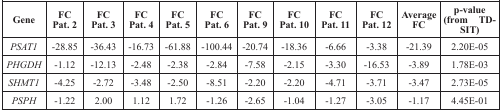
<table><thead><tr><td><b>Gene</b></td><td><b>FC Pat. 2</b></td><td><b>FC Pat. 3</b></td><td><b>FC Pat. 4</b></td><td><b>FC Pat. 5</b></td><td><b>FC Pat. 6</b></td><td><b>FC Pat. 9</b></td><td><b>FC Pat. 10</b></td><td><b>FC Pat. 11</b></td><td><b>FC Pat. 12</b></td><td><b>Average FC</b></td><td><b>p-value (from TDSIT)</b></td></tr></thead><tbody><tr><td><i>PSAT1</i></td><td>−28.85</td><td>−36.43</td><td>−16.73</td><td>−61.88</td><td>−100.44</td><td>−20.74</td><td>−18.36</td><td>−6.66</td><td>−3.38</td><td>−21.39</td><td>2.20E-05</td></tr><tr><td><i>PHGDH</i></td><td>−1.12</td><td>−12.13</td><td>−2.48</td><td>−2.38</td><td>−2.84</td><td>−7.58</td><td>−2.15</td><td>−3.30</td><td>−16.53</td><td>−3.89</td><td>1.78E-03</td></tr><tr><td><i>SHMT1</i></td><td>−4.25</td><td>−2.72</td><td>−3.48</td><td>−2.50</td><td>−8.51</td><td>−2.20</td><td>−2.20</td><td>−4.71</td><td>−3.71</td><td>−3.47</td><td>2.73E-05</td></tr><tr><td><i>PSPH</i></td><td>−1.22</td><td>2.00</td><td>1.12</td><td>1.72</td><td>−1.26</td><td>−2.65</td><td>−1.04</td><td>−1.27</td><td>−3.05</td><td>−1.17</td><td>4.45E-01</td></tr></tbody></table>